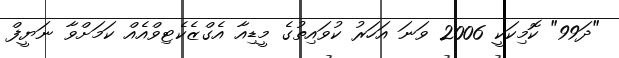
"ދަ99" ކޮމިކަކީ 2006 ވަނަ އަހަރު ކުވައިތުގެ މީޑިއާ އެގްޒެކެޓިވްއެއް ކަމަށްވާ ނަޔީފް